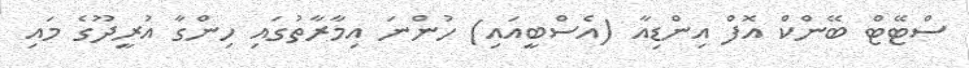
ސްޓޭޓް ބޭންކް އޮފް އިންޑިއާ (އެސްބީއައި) ހުންނަ އިމާރާތުގައި ހިންގާ އުރީދޫގެ މައި